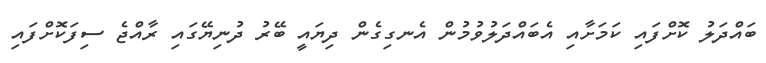
ބައްދަލު ކޮށްފައި ކަމަށާއި އެބައްދަލުވުމުން އެނގިގެން ދިޔައީ ބޭރު ދުނިޔޭގައި ރާއްޖެ ސިފަކޮށްފައި